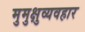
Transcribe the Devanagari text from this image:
मुमुक्षुव्यवहार